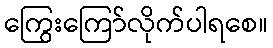
ကြွေးကြော်လိုက်ပါရစေ။